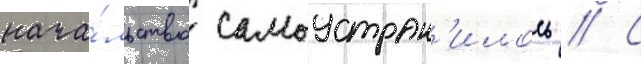
нача́льство самоустран'илось // С